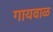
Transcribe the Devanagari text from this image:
गायवाळ